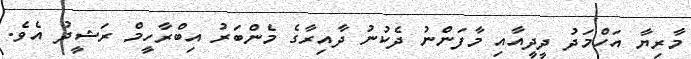
މާރިޔާ އަހްމަދު ދީދީއާއި މާފަންނު ދެކުނު ދާއިރާގެ މެންބަރު އިބްރާހީމް ރަޝީދު އެވެ.